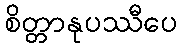
စိတ္တာနုပဿီပေ